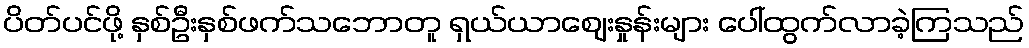
ပိတ်ပင်ဖို့ နှစ်ဦးနှစ်ဖက်သဘောတူ ရှယ်ယာဈေးနှုန်းများ ပေါ်ထွက်လာခဲ့ကြသည်